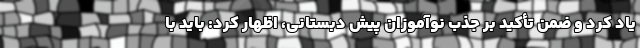
یاد کرد و ضمن تأکید بر جذب نوآموزان پیش دبستانی، اظهار کرد: باید با